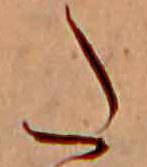
た